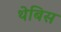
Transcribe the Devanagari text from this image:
थेबिस